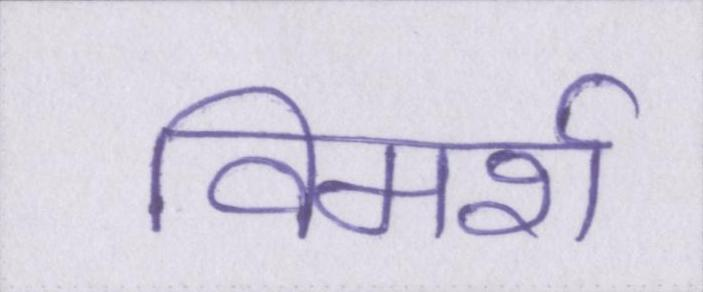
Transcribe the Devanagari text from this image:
विमर्श